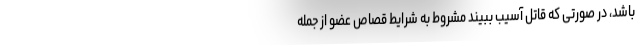
باشد، در صورتی که قاتل آسیب ببیند مشروط به شرایط قصاص عضو از جمله